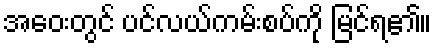
အဝေးတွင် ပင်လယ်ကမ်းစပ်ကို မြင်ရ၏။